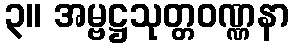
၃။ အမ္ဗဋ္ဌသုတ္တဝဏ္ဏနာ